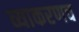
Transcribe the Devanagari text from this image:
व्याकरणच